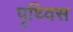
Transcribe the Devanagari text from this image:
पृथ्विस